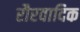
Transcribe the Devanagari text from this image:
रौरवादिक